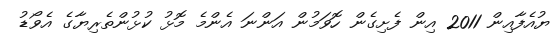
ޔުއެފާއިން 2011 އިން ފެށިގެން ހޮވަމުން އަންނަ އެންމެ މޮޅު ކުޅުންތެރިޔާގެ އެވޯޑު